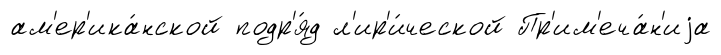
ам'ер'ика́нской подр'я́д л'ир'и́ческой Пр'им'еча́н'иjа